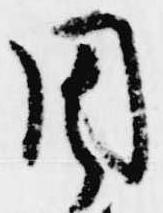
周